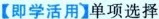
【即学活用】单项选择